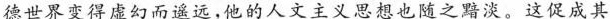
德世界变得虚幻而遥远，他的人文主义思想也随之黯淡。这促成其